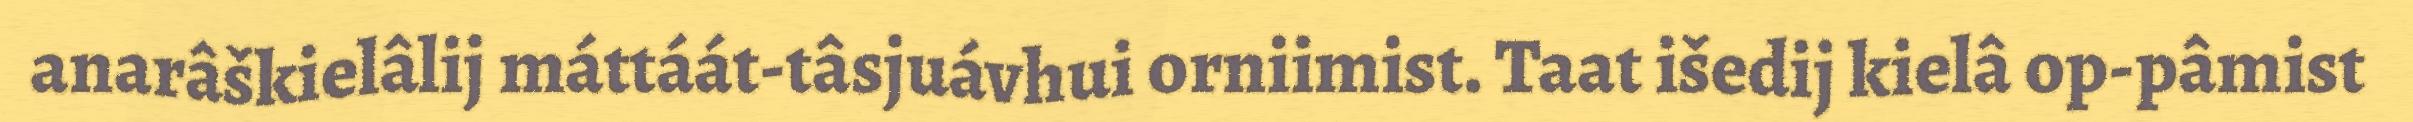
anarâškielâlij máttáát-tâsjuávhui orniimist. Taat išedij kielâ op-pâmist